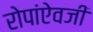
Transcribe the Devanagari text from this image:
रोपांएेवजी